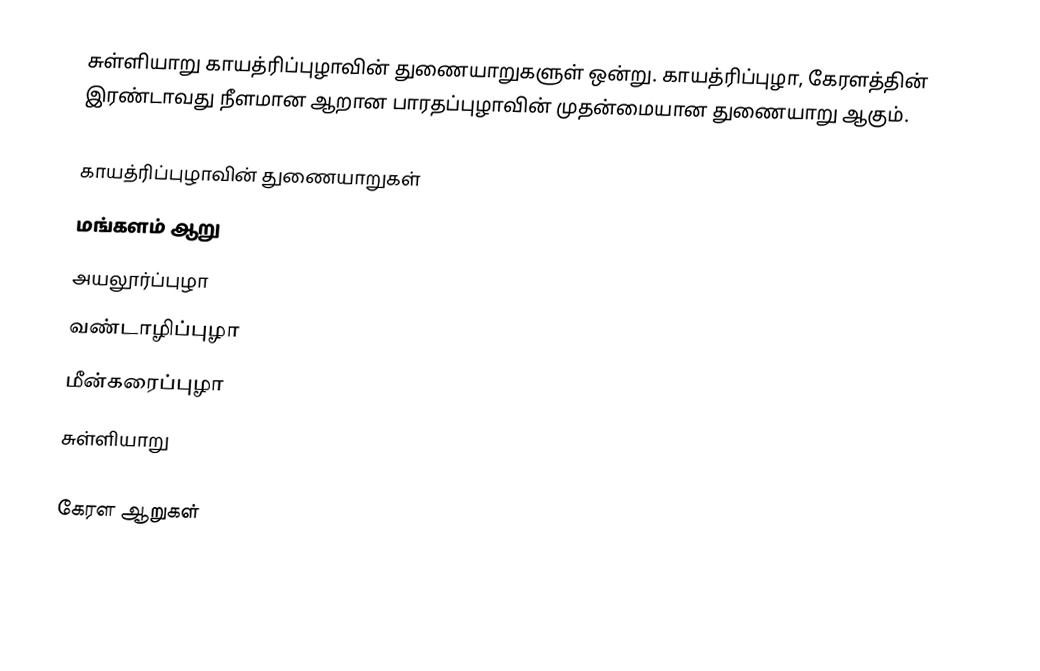
சுள்ளியாறு காயத்ரிப்புழாவின் துணையாறுகளுள் ஒன்று. காயத்ரிப்புழா, கேரளத்தின் இரண்டாவது நீளமான ஆறான பாரதப்புழாவின் முதன்மையான துணையாறு ஆகும்.

காயத்ரிப்புழாவின் துணையாறுகள்
மங்களம் ஆறு
அயலூர்ப்புழா
வண்டாழிப்புழா
மீன்கரைப்புழா
சுள்ளியாறு

 கேரள ஆறுகள்